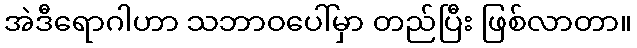
အဲဒီရောဂါဟာ သဘာဝပေါ်မှာ တည်ပြီး ဖြစ်လာတာ။